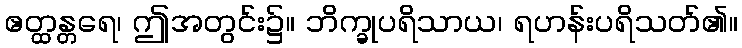
ဧတ္ထန္တရေ၊ ဤအတွင်း၌။ ဘိက္ခုပရိသာယ၊ ရဟန်းပရိသတ်၏။